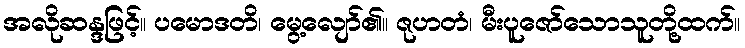
အလိုဆန္ဒဖြင့်။ ပမောဒတိ၊ မွေ့လျော်၏။ ဇုဟတံ၊ မီးပူဇော်သောသူတို့ထက်။